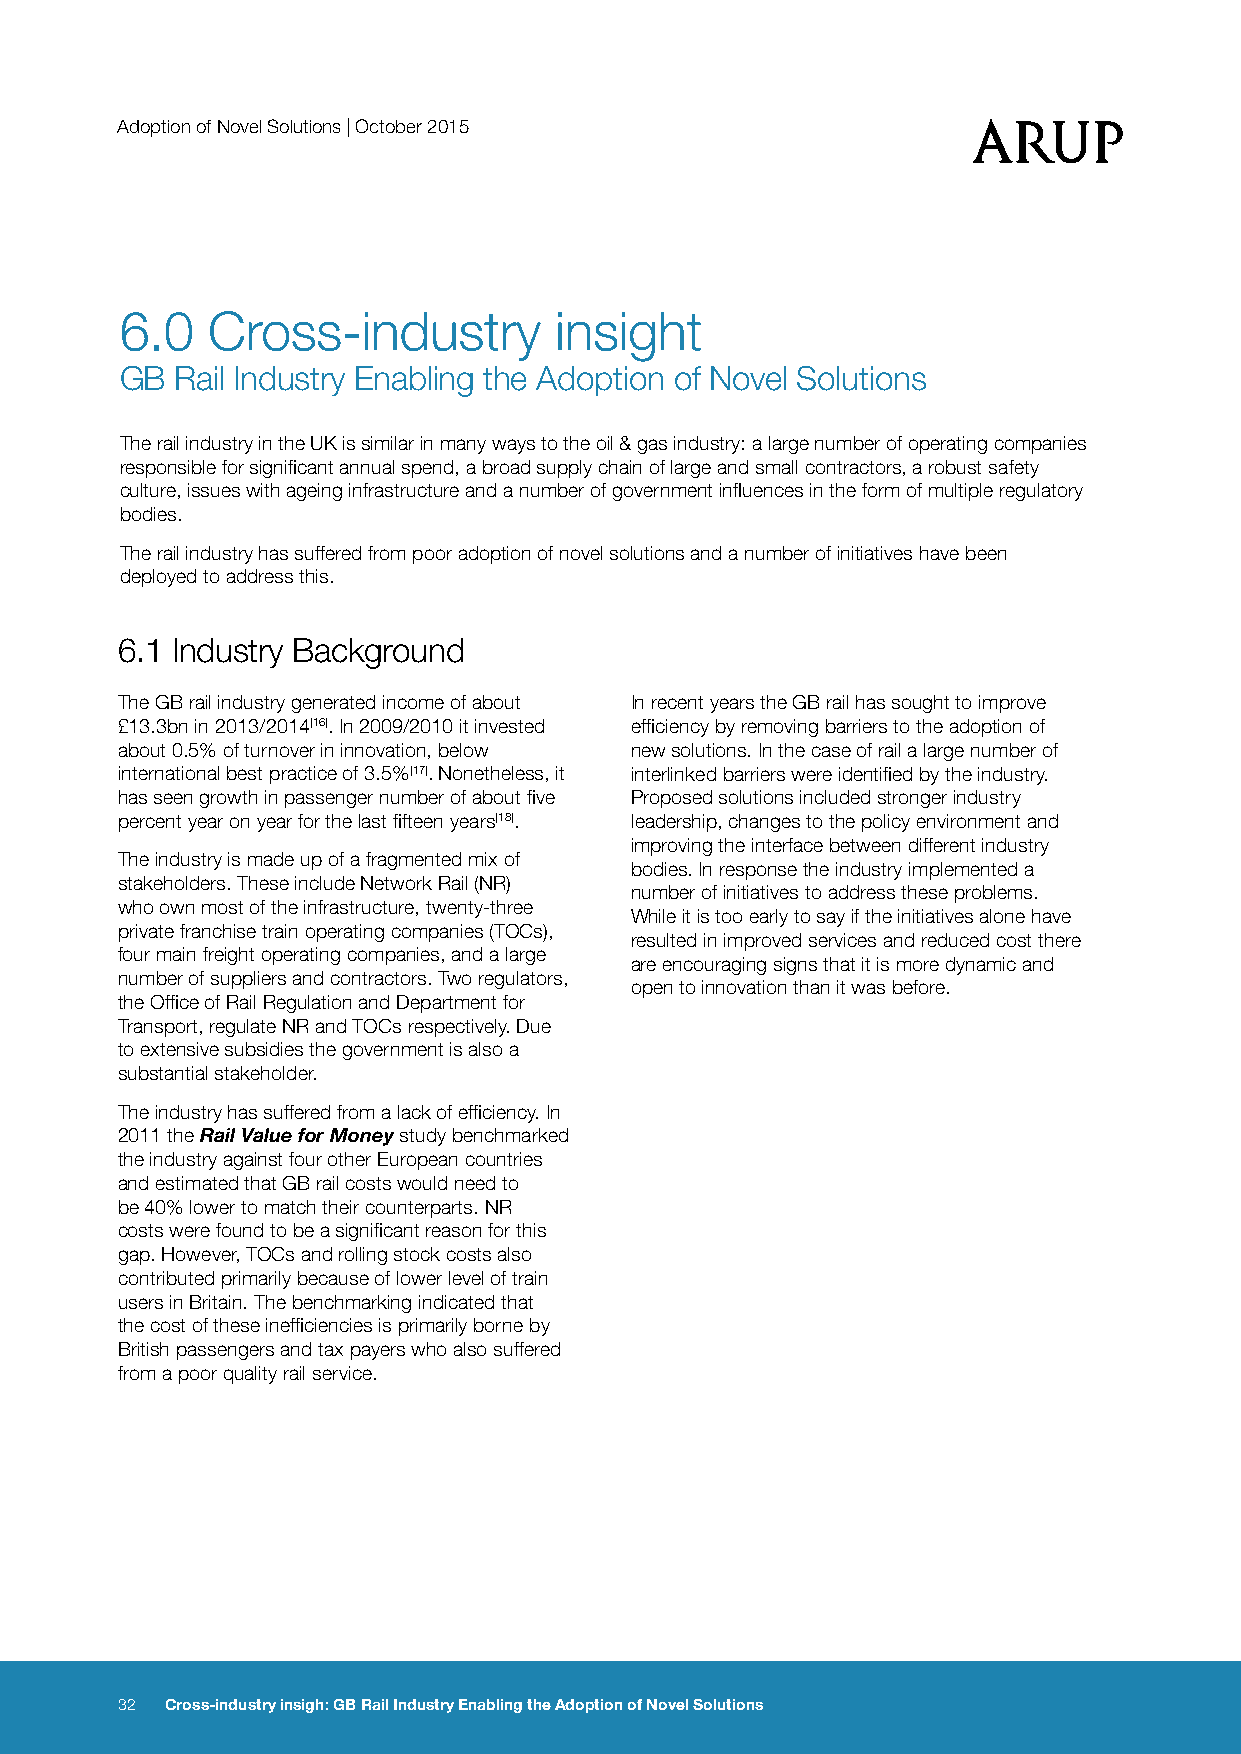
Adoption of Novel Solutions | October 2015
 6.0   Cross-industry         insight
 GB  Rail Industry Enabling the Adoption of Novel Solutions
 The rail industry in the UK is similar in many ways to the oil & gas industry: a large number of operating companies
 responsible for significant annual spend, a broad supply chain of large and small contractors, a robust safety
 culture, issues with ageing infrastructure and a number of government influences in the form of multiple regulatory
 bodies.
 The rail industry has suffered from poor adoption of novel solutions and a number of initiatives have been
 deployed to address this.
 6.1 Industry Background
 The GB rail industry generated income of about In recent years the GB rail has sought to improve
 £13.3bn in 2013/2014[16]. In 2009/2010 it invested efficiency by removing barriers to the adoption of
 about 0.5% of turnover in innovation, below new solutions. In the case of rail a large number of
 international best practice of 3.5%[17]. Nonetheless, it interlinked barriers were identified by the industry.
 has seen growth in passenger number of about five Proposed solutions included stronger industry
 percent year on year for the last fifteen years[18]. leadership, changes to the policy environment and
 improving the interface between different industry
 The industry is made up of a fragmented mix of
 bodies. In response the industry implemented a
 stakeholders. These include Network Rail (NR)
 number of initiatives to address these problems.
 who own most of the infrastructure, twenty-three
 While it is too early to say if the initiatives alone have
 private franchise train operating companies (TOCs),
 resulted in improved services and reduced cost there
 four main freight operating companies, and a large
 are encouraging signs that it is more dynamic and
 number of suppliers and contractors. Two regulators,
 open to innovation than it was before.
 the Office of Rail Regulation and Department for
 Transport, regulate NR and TOCs respectively. Due
 to extensive subsidies the government is also a
 substantial stakeholder.
 The industry has suffered from a lack of efficiency. In
 2011 the Rail Value for Money study benchmarked
 the industry against four other European countries
 and estimated that GB rail costs would need to
 be 40% lower to match their counterparts. NR
 costs were found to be a significant reason for this
 gap. However, TOCs and rolling stock costs also
 contributed primarily because of lower level of train
 users in Britain. The benchmarking indicated that
 the cost of these inefficiencies is primarily borne by
 British passengers and tax payers who also suffered
 from a poor quality rail service.
 32 Cross-industry insigh: GB Rail Industry Enabling the Adoption of Novel Solutions